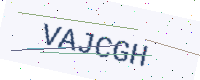
Text: VAJCGH